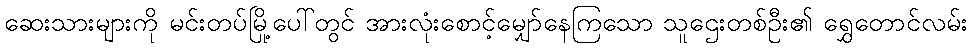
ဆေးသားများကို မင်းတပ်မြို့ပေါ်တွင် အားလုံးစောင့်မျှော်နေကြသော သူဌေးတစ်ဦး၏ ရွှေတောင်လမ်း